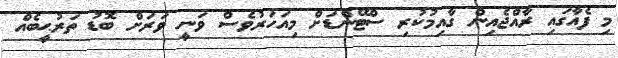
މި ފެއާގައި ރާއްޖެއިން ގާއިމުކުރި ސްޓޭންޑަށް މިއަހަރުވެސް ވަނީ ވަރަށް ބޮޑު ތަރުޙީބެއް